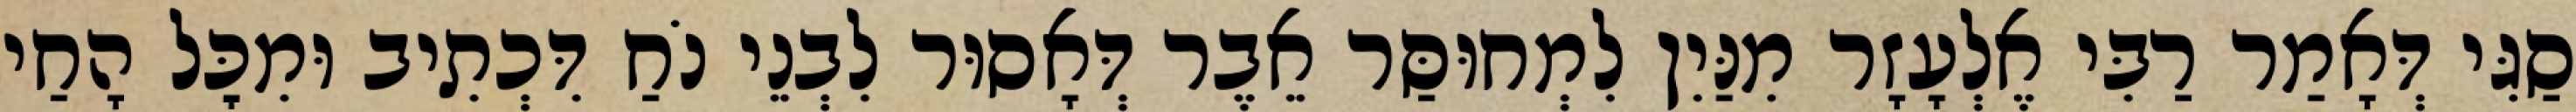
סַגִּי דְּאָמַר רַבִּי אֶלְעָזָר מִנַּיִן לִמְחוּסַּר אֵבֶר דְּאָסוּר לִבְנֵי נֹחַ דִּכְתִיב וּמִכׇּל הָחַי